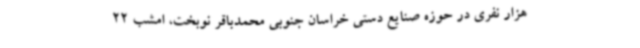
هزار نفری در حوزه صنایع دستی خراسان جنوبی محمدباقر نوبخت، امشب 22